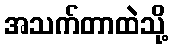
အသက်တာထဲသို့